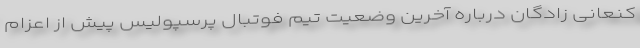
کنعانی زادگان درباره آخرین وضعیت تیم فوتبال پرسپولیس پیش از اعزام